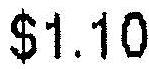
$1.10